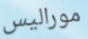
موراليس